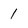
Character: 1